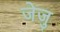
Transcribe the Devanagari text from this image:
जेजु